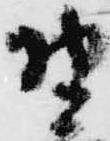
野